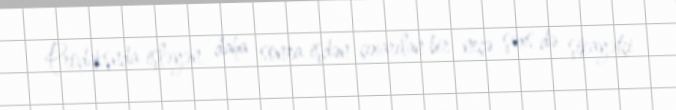
Prodakşnda işləyən, daha sonra işdən çıxarılan bir neçə şəxs də şikayətçi